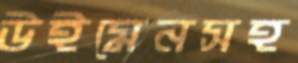
উইমেনসহ